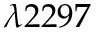
\lambda 2 2 9 7